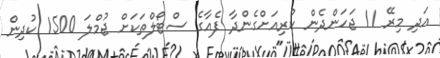
އަދި މިރޭ 11 ޖަހަންދެން ކުރިއަށްގެންދާ ފެއާގެ ސްޓޯލްތަކަށް ޖުމްލަ 1500 ކުދިން